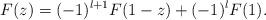
LaTeX: \begin{align*}F(z) = (-1)^{l+1}F(1-z) + (-1)^lF(1).\end{align*}